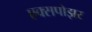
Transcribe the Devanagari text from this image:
एक्सपोझर